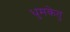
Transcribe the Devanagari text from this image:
धुमकेतु